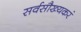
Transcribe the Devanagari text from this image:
सर्वसौख्यकरं